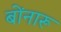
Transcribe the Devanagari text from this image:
बोंनारू